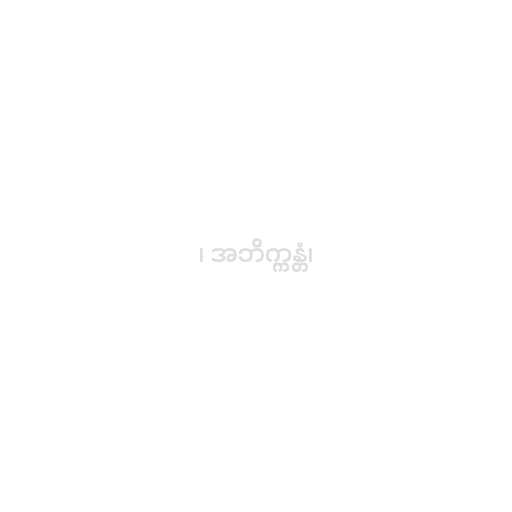
၊ အဘိက္ကန္တံ၊